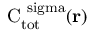
\mathrm { { C } _ { \mathrm { { t o t } } } ^ { \ s i g m a } ( { \bf r } ) }